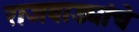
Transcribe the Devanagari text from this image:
राजवाड्यांचे